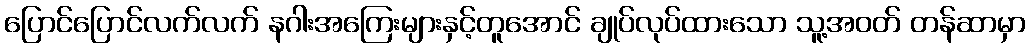
ပြောင်ပြောင်လက်လက် နဂါးအကြေးများနှင့်တူအောင် ချုပ်လုပ်ထားသော သူ့အဝတ် တန်ဆာမှာ